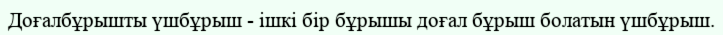
Доғалбұрышты үшбұрыш - ішкі бір бұрышы доғал бұрыш болатын үшбұрыш.